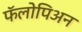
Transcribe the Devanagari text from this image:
फॅलोपिअन